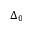
\Delta _ { 0 }